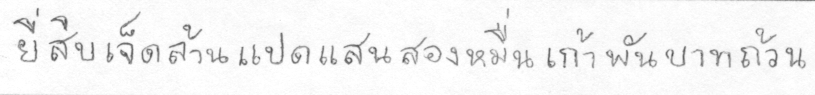
ยี่สิบเจ็ดล้านแปดแสนสองหมื่นเก้าพันบาทถ้วน